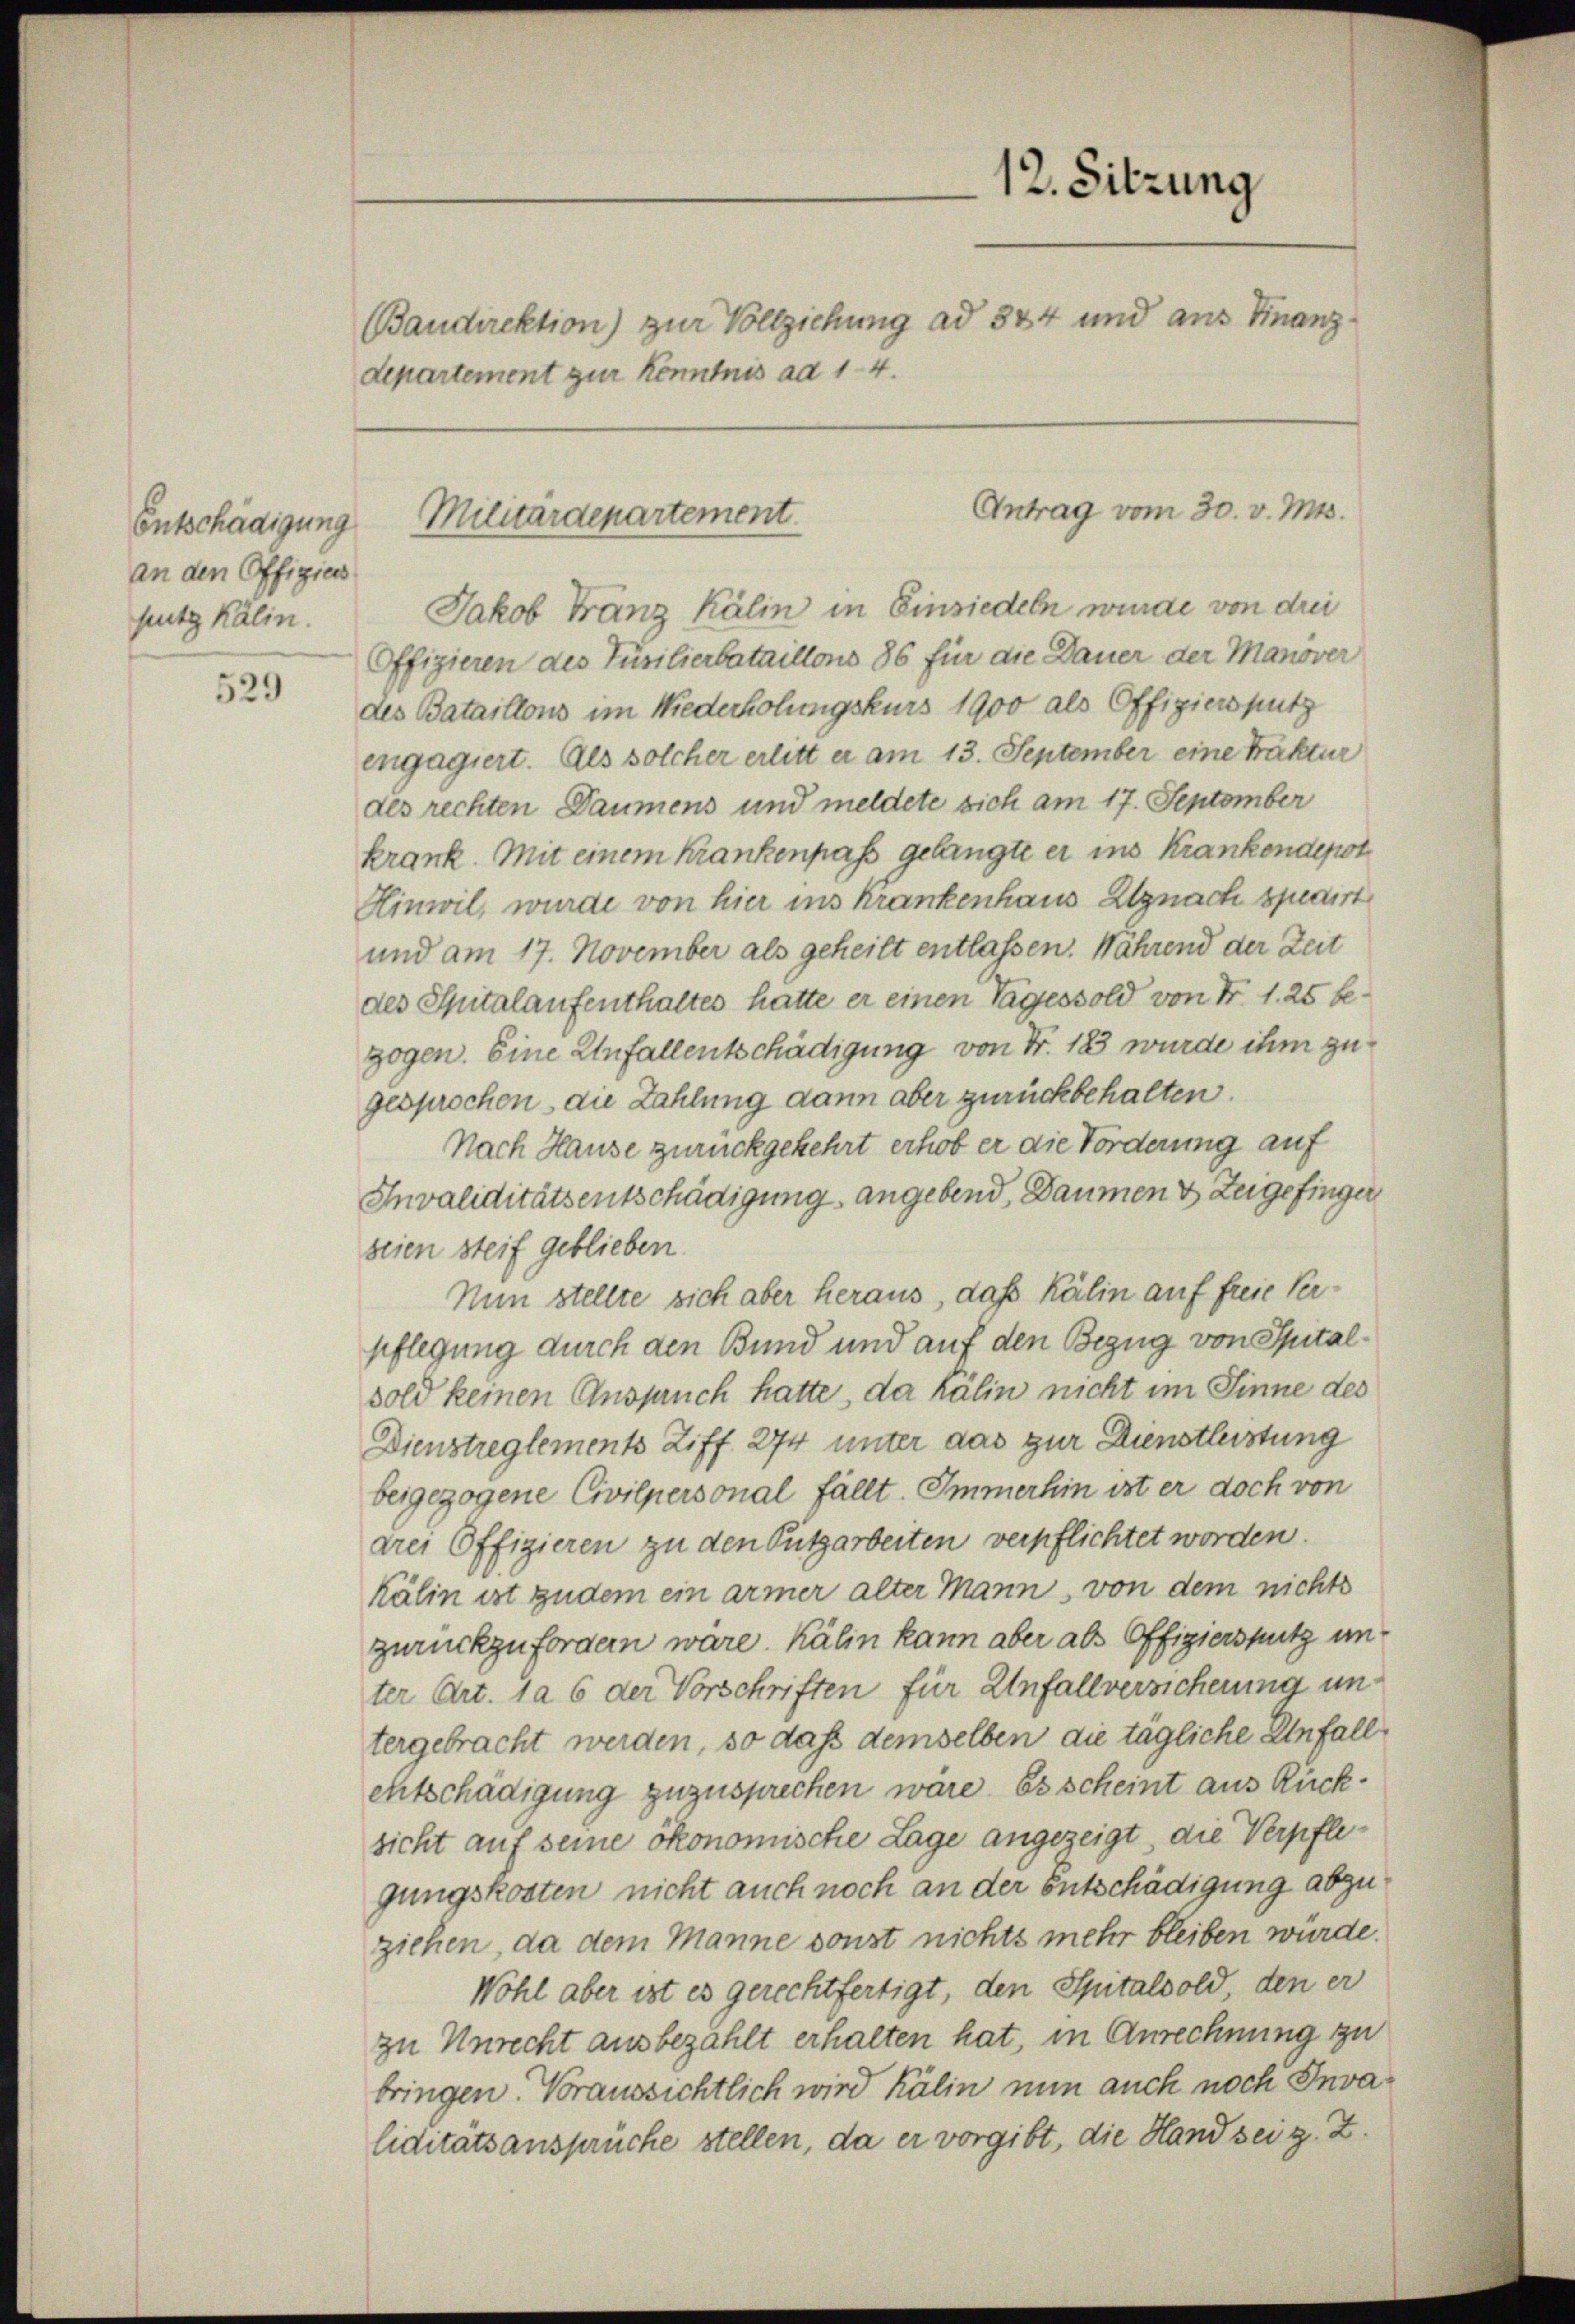
Entschädigung
an den Offigieus
putz Kälin.

529

departement zur Kenntnis ad 14.

Jakob Franz Kälin in Einsiedeln wurde von drei
Offizieren des Füsilierbataillons 86 für die Dauer der Manöver
des Bataillons im Niederholungskurs 1900 als Offiziers putz
engagiert. Als solcher erlitt er am 13. September eine Praktur
des rechten Daumens und meldete sich am 17. September
krank. Mit einem Krankenpass gelangte er ins Krankendepot
Hinwil, wurde von hier ins Krankenhaus Egnach spedirt
und am 17. November als geheilt entlassen. Während der Zeit
des Spitalaufenthaltes hatte er einen Tagessold von Nr. 1. 25 bezogen. Eine Unfallentschädigung von Fr. 183 wurde ihm zu
gesprochen die Zahlung dann aber zurückbehalten.
Nach Hause zurückgekehrt erhob er die Forderung auf
Invaliditätsentschädigung, angebend, Daumen & Zeigefinger
seien steif geblieben.
Nun stellte sich aber heraus, daß Kälin auf freie Verpflegung durch den Bund und auf den Bezug von Spitalsold keinen Anspruch hatte, da Kälin nicht im Sinne des
Dienstreglements Ziff. 274 unter das zur Dienstleistung
beigezogene Civilpersonal fällt. Immerhin ist er doch von
drei Offigieren zu den Putzarbeiten verpflichtet worden.
kälin ist zudem ein armer alter Mann, von dem nichts
zurückzufordern wäre. Kälin kann aber als Offigiers putz unter Art. 1 a 6 der Vorschriften für Unfallversicherung untergebracht werden, so daß demselben die tägliche Unfall
ehtschädigung zuzusprechen wäre. Es scheint aus Rücksicht auf seine ökonomische Lage angezeigt, die Verpflegungskosten nicht auch noch an der Entschädigung abzuziehen, da dem Manne sonst nichts mehr bleiben würde.
Wohl aber ist es gerechtfertigt, den Spitalsold den er
zu Unrecht ausbezahlt erhalten hat, in Anrechnung zu
bringen. Voraussichtlich wird kälin nun auch noch Invaliditätsansprüche stellen, da er vorgibt, die Hand sei z. Z.

Militärdepartement

12. Sitzung
Baudirektion) zur Vollziehung ad 344 und aus Finanz

Antrag vom 30. v. Mts.